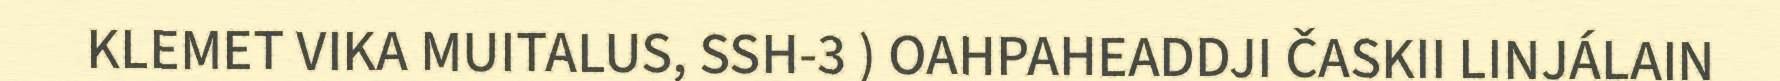
KLEMET VIKA MUITALUS, SSH-3 ) OAHPAHEADDJI ČASKII LINJÁLAIN